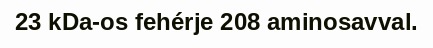
23 kDa-os fehérje 208 aminosavval.